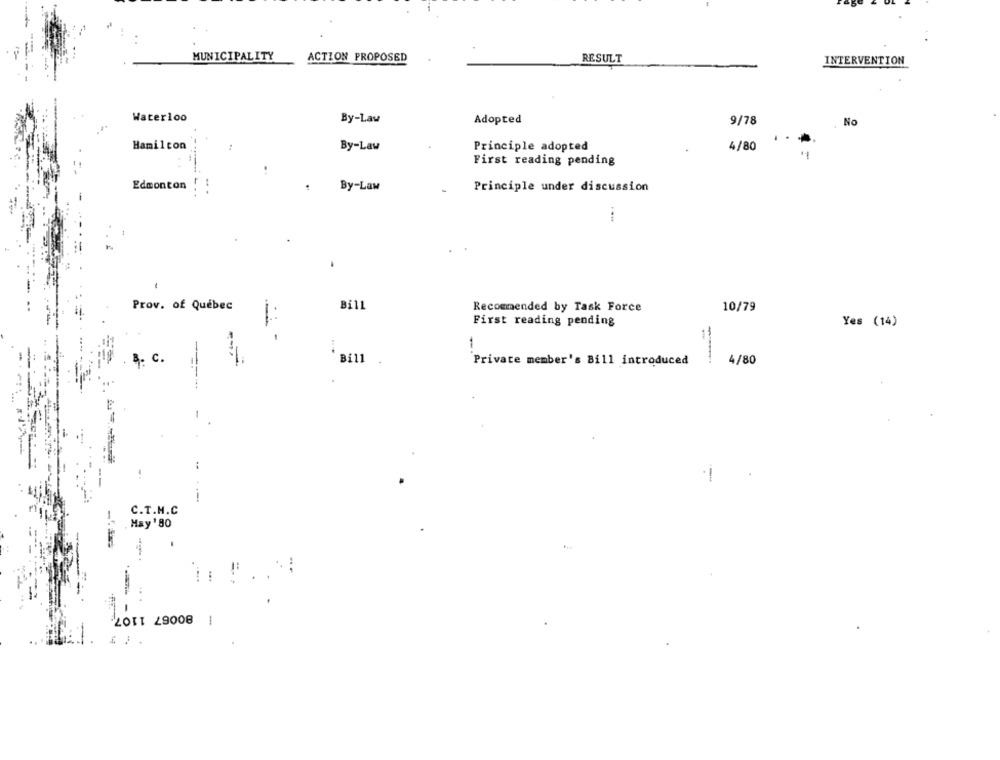
MUNICIPALITY
ACTION PROPOSED
RESULT
INTERVENTION
Waterloo
By-Law
Adopted
9/78
No
Hamilton
By-Law
Principle adopted
4/80
First reading pending
Edmonton
..
By-Law
Principle under discussion
-
Prov. of Québec
Bill
Recommended by Task Force
10/79
First reading pending
Yes (14)
4. c.
Bill
Private member's Bill introduced
4/80
C.T.M.C
May '80
80067 1107
: 1 .